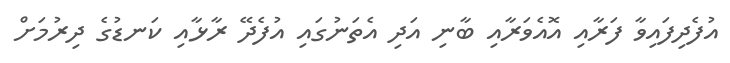
އުފެދިފައިވާ ފަރާއި އޮއެވަރާއި ބާނި އަދި އެތަނުގައި އުފެދޭ ރާޅާއި ކަނޑުގެ ދިރުމަށް